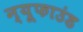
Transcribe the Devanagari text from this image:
न्यूफाउंड